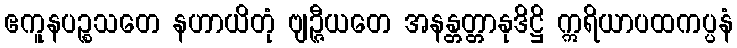
ဧကူနပဉ္စသတေ နဟာယိတုံ ဗျဉ္ဇီယတေ အနန္တတ္တာနုဒိဋ္ဌိ ဣရိယာပထကပ္ပနံ